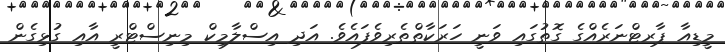
މީޑިއާ ޕާރޓްނަރެއްގެ ގޮތުގައި ވަނީ ހަރަކާތްތެރިވެފައެވެ. އަދި އިސްލާމިކް މިނިސްޓްރީ އާއި ގުޅިގެން